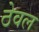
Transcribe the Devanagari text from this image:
ठेवल